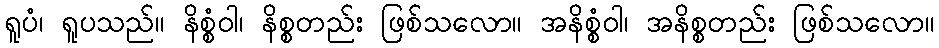
ရူပံ၊ ရူပသည်။ နိစ္စံဝါ၊ နိစ္စတည်း ဖြစ်သလော။ အနိစ္စံဝါ၊ အနိစ္စတည်း ဖြစ်သလော။